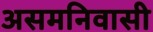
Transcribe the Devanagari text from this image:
असमनिवासी